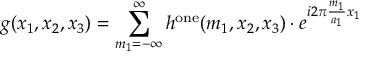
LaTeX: g ( x _ { 1 } , x _ { 2 } , x _ { 3 } ) = \sum _ { m _ { 1 } = - \infty } ^ { \infty } h ^ { \mathrm { o n e } } ( m _ { 1 } , x _ { 2 } , x _ { 3 } ) \cdot e ^ { i 2 \pi { \frac { m _ { 1 } } { a _ { 1 } } } x _ { 1 } }